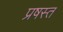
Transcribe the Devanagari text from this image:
प्रषस्त